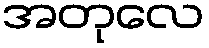
အတုလေ